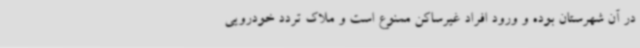
در آن شهرستان بوده و ورود افراد غیرساکن ممنوع است و ملاک تردد خودرویی